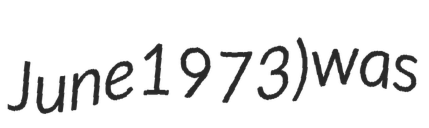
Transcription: June 1973) was